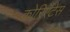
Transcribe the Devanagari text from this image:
कोरिएँटेस